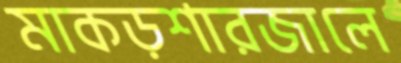
মাকড়শারজালে